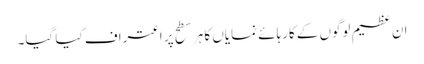
ان عظیم لوگوں کے کارہائے نمایاں کا ہر سطح پر اعتراف کیا گیا۔